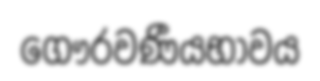
ගෞරවණීයභාවය